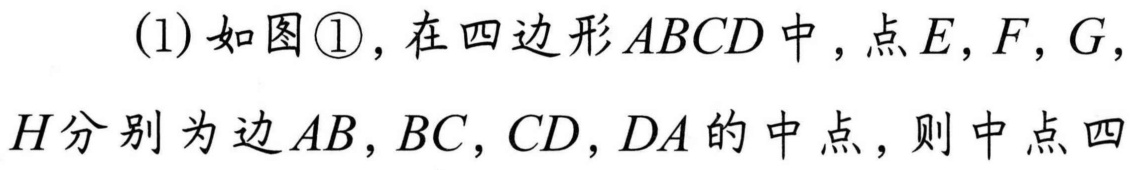
(1)如图\textcircled{1}，在四边形\(ABCD\)中，点\(E,F,G,
H\)分别为边\(AB,BC,CD,DA\)的中点，则中点四